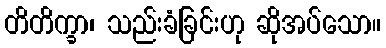
တိတိက္ခာ၊ သည်းခံခြင်းဟု ဆိုအပ်သော။